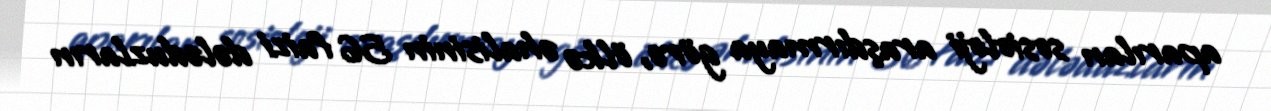
aparılan sosioloji araşdırmaya görə, ölkə əhalisinin 56 faizi dələduzların